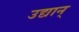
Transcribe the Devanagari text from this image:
उद्यान्